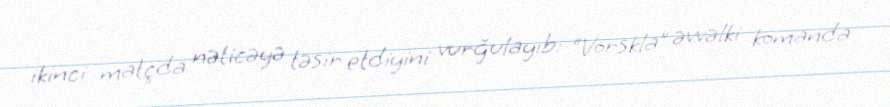
ikinci matçda nəticəyə təsir etdiyini vurğulayıb: “Vorskla” əvvəlki komanda